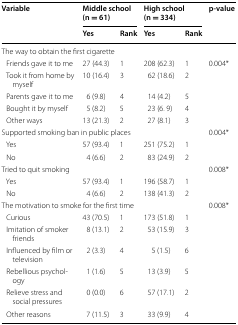
<table><thead><tr><td rowspan="2"><b>Variable</b></td><td colspan="2"><b>Middle school (n = 61)</b></td><td colspan="2"><b>High school (n = 334)</b></td><td rowspan="2"><b>p-value</b></td></tr><tr><td><b>Yes</b></td><td><b>Rank</b></td><td><b>Yes</b></td><td><b>Rank</b></td></tr></thead><tbody><tr><td colspan="6">The way to obtain the first cigarette</td></tr><tr><td> Friends gave it to me</td><td>27 (44.3)</td><td>1</td><td>208 (62.3)</td><td>1</td><td rowspan="5">0.004*</td></tr><tr><td> Took it from home by myself</td><td>10 (16.4)</td><td>3</td><td>62 (18.6)</td><td>2</td></tr><tr><td> Parents gave it to me</td><td>6 (9.8)</td><td>4</td><td>14 (4.2)</td><td>5</td></tr><tr><td> Bought it by myself</td><td>5 (8.2)</td><td>5</td><td>23 (6. 9)</td><td>4</td></tr><tr><td> Other ways</td><td>13 (21.3)</td><td>2</td><td>27 (8.1)</td><td>3</td></tr><tr><td colspan="5">Supported smoking ban in public places</td><td rowspan="3">0.004*</td></tr><tr><td> Yes</td><td>57 (93.4)</td><td>1</td><td>251 (75.2)</td><td>1</td></tr><tr><td> No</td><td>4 (6.6)</td><td>2</td><td>83 (24.9)</td><td>2</td></tr><tr><td colspan="5">Tried to quit smoking</td><td rowspan="3">0.008*</td></tr><tr><td> Yes</td><td>57 (93.4)</td><td>1</td><td>196 (58.7)</td><td>1</td></tr><tr><td> No</td><td>4 (6.6)</td><td>2</td><td>138 (41.3)</td><td>2</td></tr><tr><td colspan="5">The motivation to smoke for the first time</td><td rowspan="7">0.008*</td></tr><tr><td> Curious</td><td>43 (70.5)</td><td>1</td><td>173 (51.8)</td><td>1</td></tr><tr><td> Imitation of smoker friends</td><td>8 (13.1)</td><td>2</td><td>53 (15.9)</td><td>3</td></tr><tr><td> Influenced by film or television</td><td>2 (3.3)</td><td>4</td><td>5 (1.5)</td><td>6</td></tr><tr><td> Rebellious psychology</td><td>1 (1.6)</td><td>5</td><td>13 (3.9)</td><td>5</td></tr><tr><td> Relieve stress and social pressures</td><td>0 (0.0)</td><td>6</td><td>57 (17.1)</td><td>2</td></tr><tr><td> Other reasons</td><td>7 (11.5)</td><td>3</td><td>33 (9.9)</td><td>4</td></tr></tbody></table>